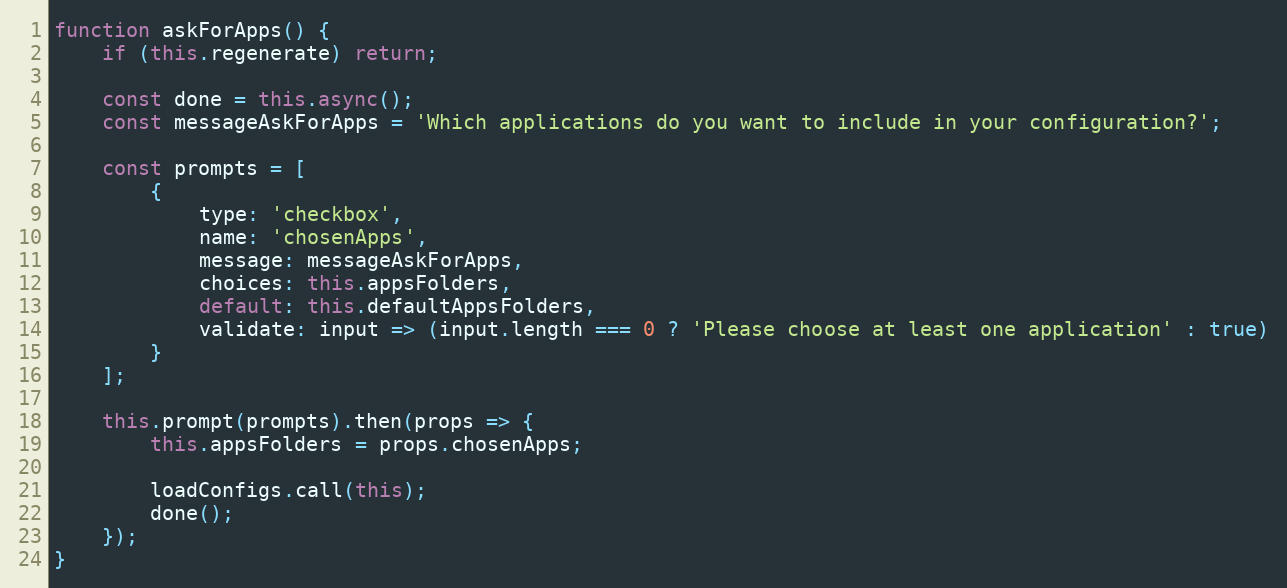
Language: JavaScript
function askForApps() {
    if (this.regenerate) return;

    const done = this.async();
    const messageAskForApps = 'Which applications do you want to include in your configuration?';

    const prompts = [
        {
            type: 'checkbox',
            name: 'chosenApps',
            message: messageAskForApps,
            choices: this.appsFolders,
            default: this.defaultAppsFolders,
            validate: input => (input.length === 0 ? 'Please choose at least one application' : true)
        }
    ];

    this.prompt(prompts).then(props => {
        this.appsFolders = props.chosenApps;

        loadConfigs.call(this);
        done();
    });
}